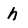
Character: h